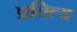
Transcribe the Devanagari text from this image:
प्रतित्य